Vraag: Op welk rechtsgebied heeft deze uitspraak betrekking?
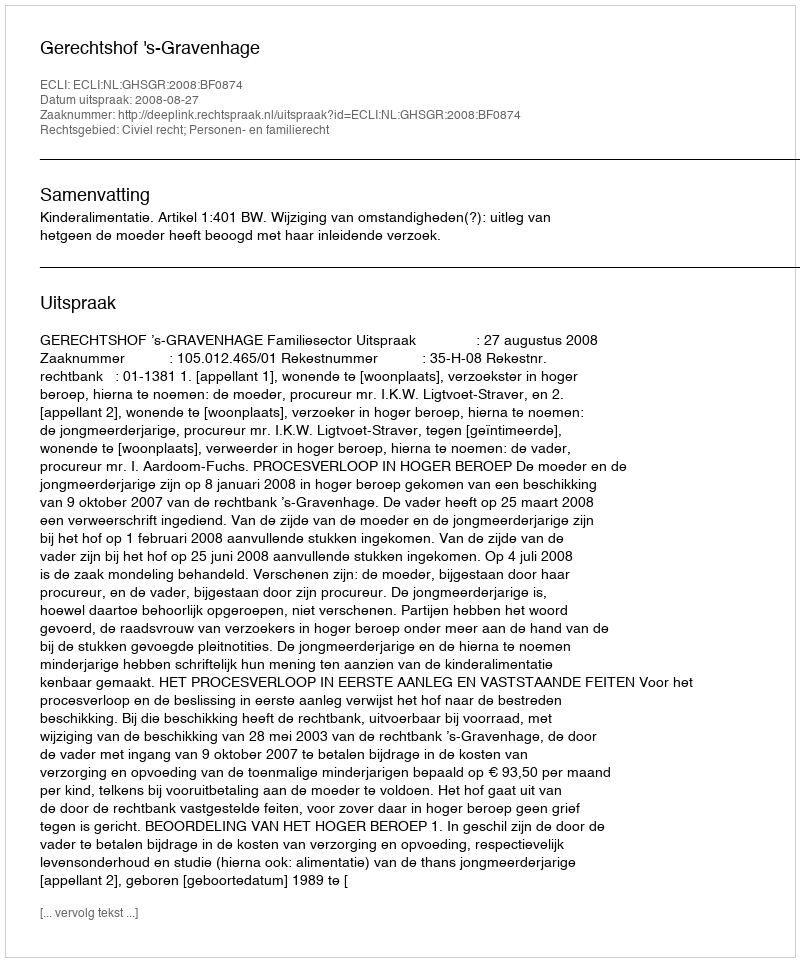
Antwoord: Civiel recht; Personen- en familierecht